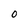
Character: O